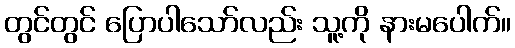
တွင်တွင် ပြောပါသော်လည်း သူ့ကို နားမပေါက်။